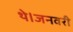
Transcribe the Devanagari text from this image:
थे।जनवरी